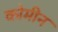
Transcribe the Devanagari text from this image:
कोमीन